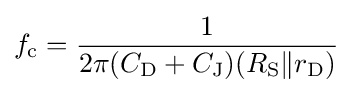
f_{\text{c}}={\frac {1}{2\pi (C_{\text{D}}+C_{\text{J}})(R_{\text{S}}{\mathit {\parallel }}r_{\text{D}})}}\